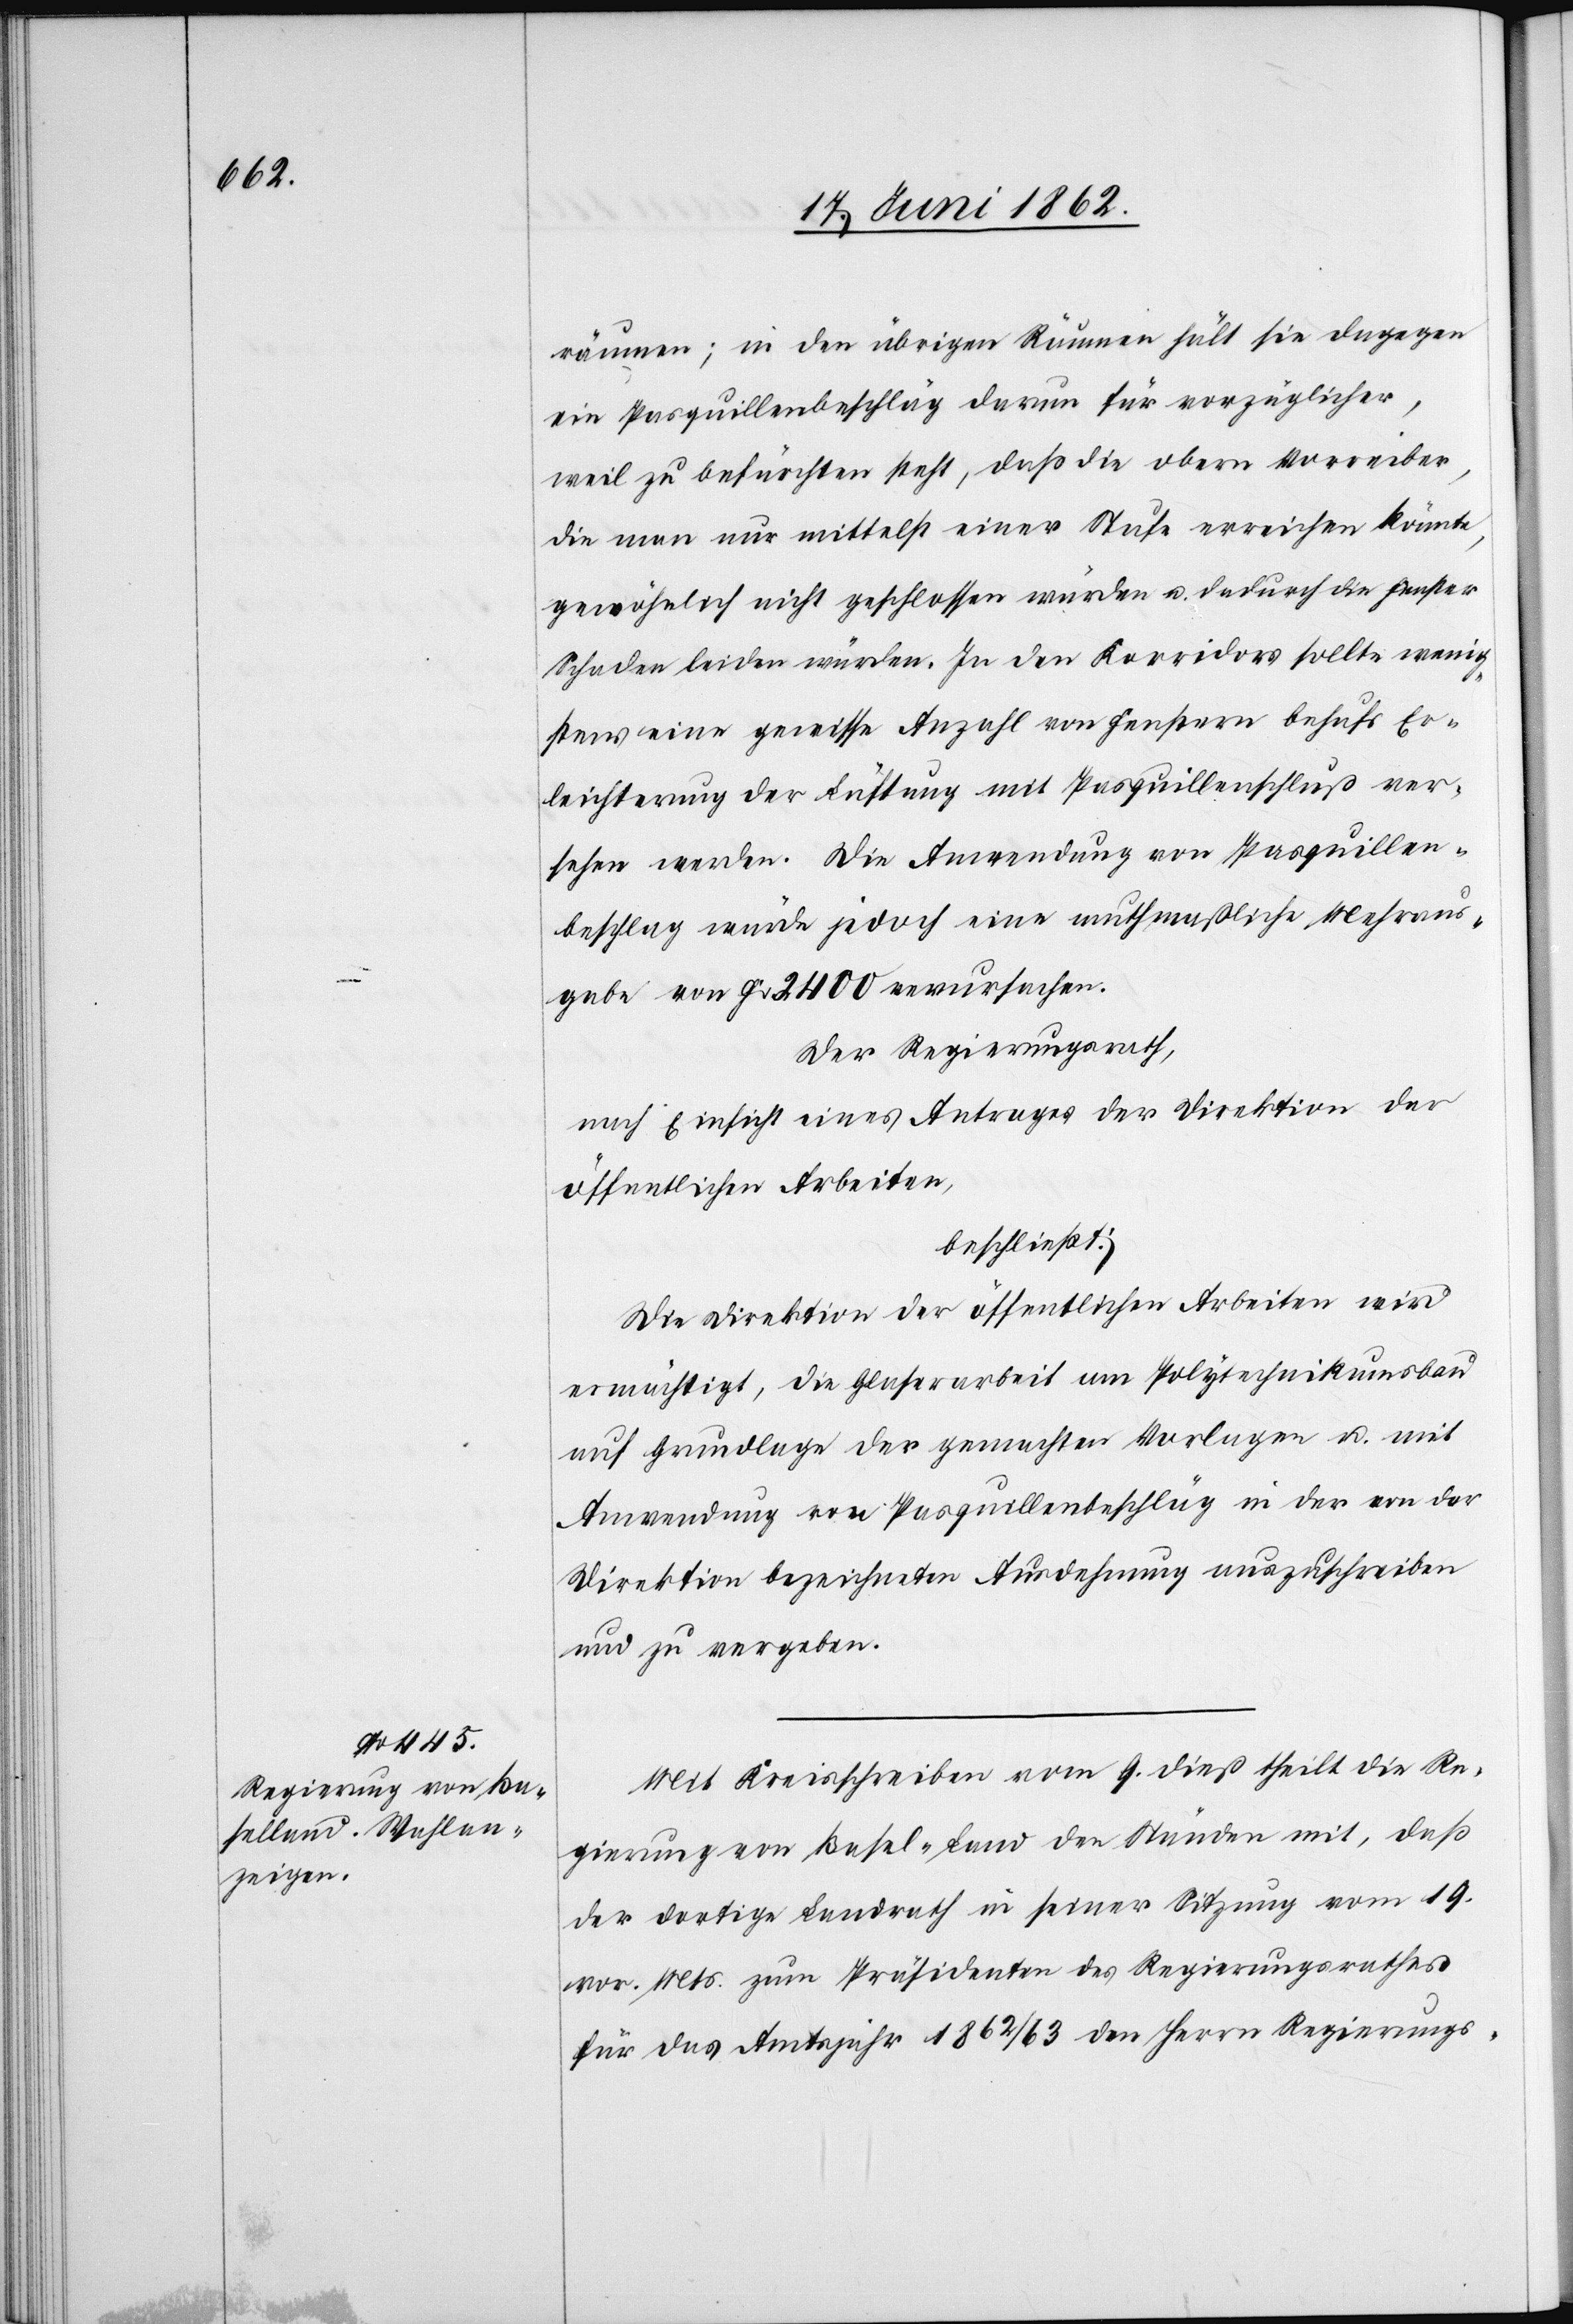
räumen; in den übrigen Räumen hält sie dagegen
ein Pasquillenbeschläg darum für vorzüglicher,
weil zu befürchten steht, daß die obern Vorreiber,
die man nur mittelst einer Stufe erreichen könnte,
gewöhnlich nicht geschlossen würden u. dadurch die Fenster
Schaden leiden würden. In der Korridors sollte wenig¬
stens eine gewisse Anzahl von Fenstern behufs Er¬
leichterung der Lüftung mit Pasquillenschluß ver¬
sehen werden. Die Anwendung von Pasquillen¬
beschlag würde jedoch eine muthmaßliche Mehraus¬
gabe von Fr. 2400 verursachen.
Der Regierungsrath,
nach Einsicht eines Antrages der Direktion der
öffentlichen Arbeiten,
beschließt:
Die Direktion der öffentlichen Arbeiten wird
ermächtigt, die Glaserarbeit am Polytechnikumsbau
auf Grundlage der gemachten Vorlagen u. mit
Anwendung von Pasquillenbeschläg in der von der
Direktion bezeichneten Ausdehnung auszuschreiben
und zu vergeben.
Mit Kreisschreiben vom 9. dieß theilt die Re¬
gierung von Basel-Land den Ständen mit, daß
der dortige Landrath in seiner Sitzung vom 19.
vor. Mts. zum Präsidenten des Regierungsrathes
für das Amtsjahr 1862/63 den Herrn Regierungs-